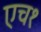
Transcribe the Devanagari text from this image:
एच१